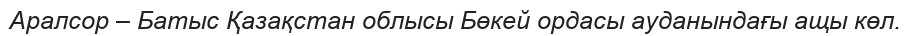
Аралсор – Батыс Қазақстан облысы Бөкей ордасы ауданындағы ащы көл.